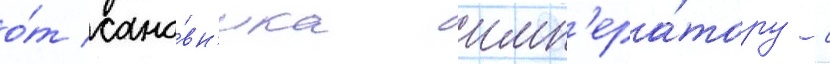
о́т сано́вн'ика имп'ера́тору с